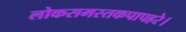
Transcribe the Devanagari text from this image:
लोकसमस्तकपापहरे।